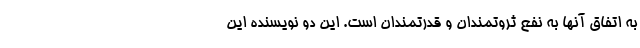
به اتفاق آنها به نفع ثروتمندان و قدرتمندان است. این دو نویسنده این